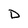
Character: D